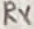
Text: RX